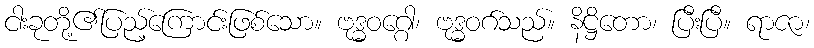
ငါးခုတို့၏ပြည့်ကြောင်းဖြစ်သော။ ဗုဒ္ဓဝဂ္ဂေါ၊ ဗုဒ္ဓဝဂ်သည်။ နိဋ္ဌိတော၊ ပြီးပြီ။ ရာဇာ၊